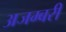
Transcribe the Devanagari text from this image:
अजम्बरी